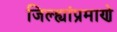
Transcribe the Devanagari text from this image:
जिल्ह्यांप्रमाणे